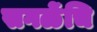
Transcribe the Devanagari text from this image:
सगळेंचि